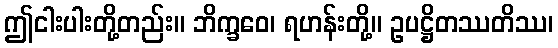
ဤငါးပါးတို့တည်း။ ဘိက္ခဝေ၊ ရဟန်းတို့။ ဥပဋ္ဌိတဿတိဿ၊